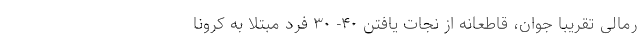
رمالی تقریبا جوان، قاطعانه از نجات یافتن ۴۰- ۳۰ فرد مبتلا به کرونا